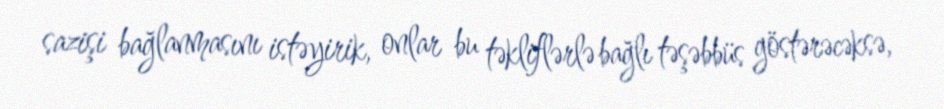
sazişi bağlanmasını istəyirik, onlar bu təkliflərlə bağlı təşəbbüs göstərəcəksə,